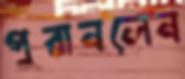
পুরানলেন